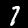
Digit: 7